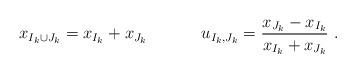
LaTeX: \begin{align*}x_{I_k\cup J_k}=x_{I_k}+x_{J_k}\ \ \ \ \ \ \ \ \ \ u_{I_k,J_k}=\frac{x_{J_k}-x_{I_k}}{x_{I_k}+x_{J_k}}\ .\end{align*}